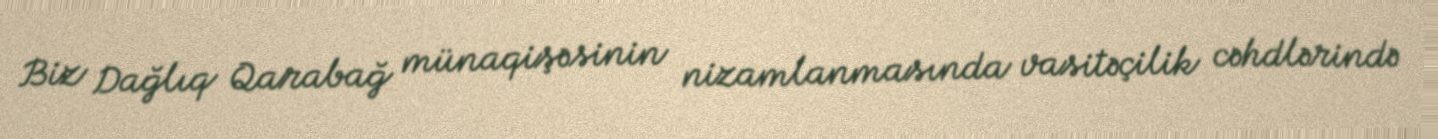
Biz Dağlıq Qarabağ münaqişəsinin nizamlanmasında vasitəçilik cəhdlərində